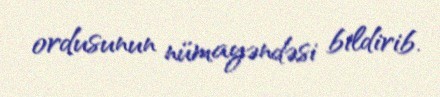
ordusunun nümayəndəsi bildirib.